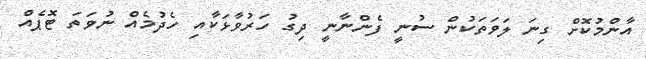
އާންމުކޮށް ގިނަ ލަވަތަކުން ސުނީ ފެންނާނީ ދިގު ހަރުވާޅަކާއި ހެދުމެއް ނުވަތަ ޓޮޕެއް